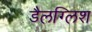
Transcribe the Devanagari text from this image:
डैलग्लिश